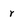
Character: r